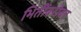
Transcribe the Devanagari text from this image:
भिंतींबरोबर